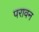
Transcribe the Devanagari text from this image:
परावन